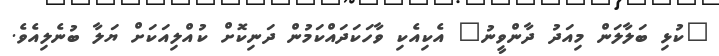
"ކުޅި ބަލާލަން މިއަދު ދާންވީނު" އެކިއެކި ވާހަކަދައްކަމުން ދަނިކޮށް ކުއްލިއަކަށް ޔަލާ ބުނެލިއެވެ.